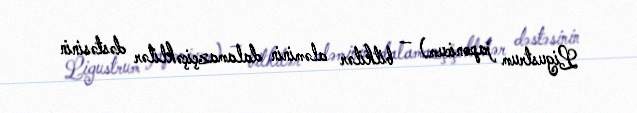
Ligustrum japonicum) — bitkilər aləminin dalamazçiçəklilər dəstəsinin